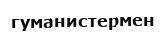
гуманистермен